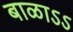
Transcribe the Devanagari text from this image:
बाळाऽऽ